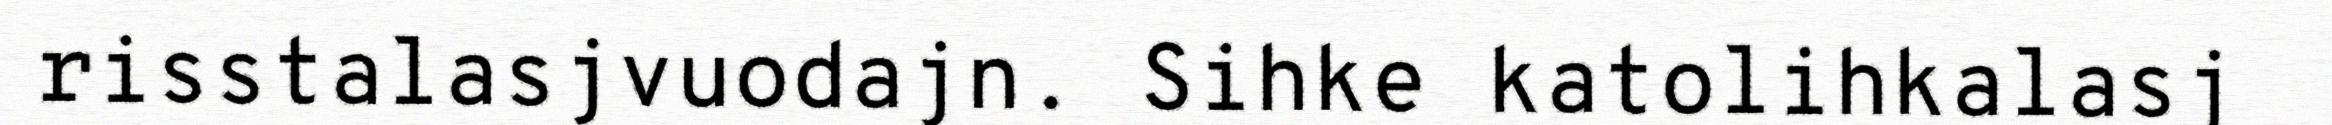
risstalasjvuodajn. Sihke katolihkalasj